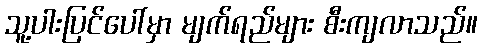
သူ့ပါးပြင်ပေါ်မှာ မျက်ရည်များ စီးကျလာသည်။